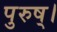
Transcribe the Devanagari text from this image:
पुरुष्।